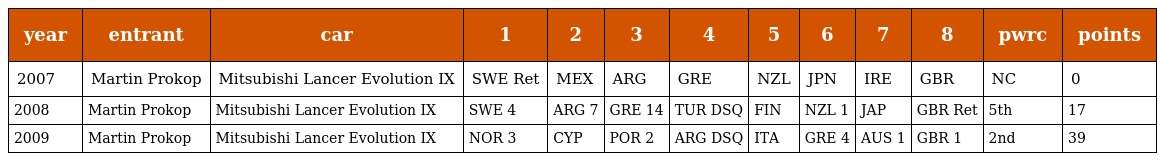
| year | entrant | car | 1 | 2 | 3 | 4 | 5 | 6 | 7 | 8 | pwrc | points |
 | --- | --- | --- | --- | --- | --- | --- | --- | --- | --- | --- | --- | --- |
 | 2007 | Martin Prokop | Mitsubishi Lancer Evolution IX | SWE Ret | MEX | ARG | GRE | NZL | JPN | IRE | GBR | NC | 0 |
 | 2008 | Martin Prokop | Mitsubishi Lancer Evolution IX | SWE 4 | ARG 7 | GRE 14 | TUR DSQ | FIN | NZL 1 | JAP | GBR Ret | 5th | 17 |
 | 2009 | Martin Prokop | Mitsubishi Lancer Evolution IX | NOR 3 | CYP | POR 2 | ARG DSQ | ITA | GRE 4 | AUS 1 | GBR 1 | 2nd | 39 |